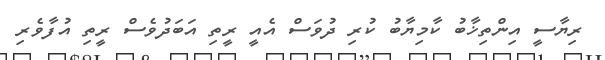
ރިޔާސީ އިންތިޚާބު ކާމިޔާބު ކުރި ދުވަސް އެއީ ރީތި އަބަދުވެސް ރީތި އުފާވެރި